Indian journal of veterinary science and animal husbandry - Volume 2,
Year: 1932
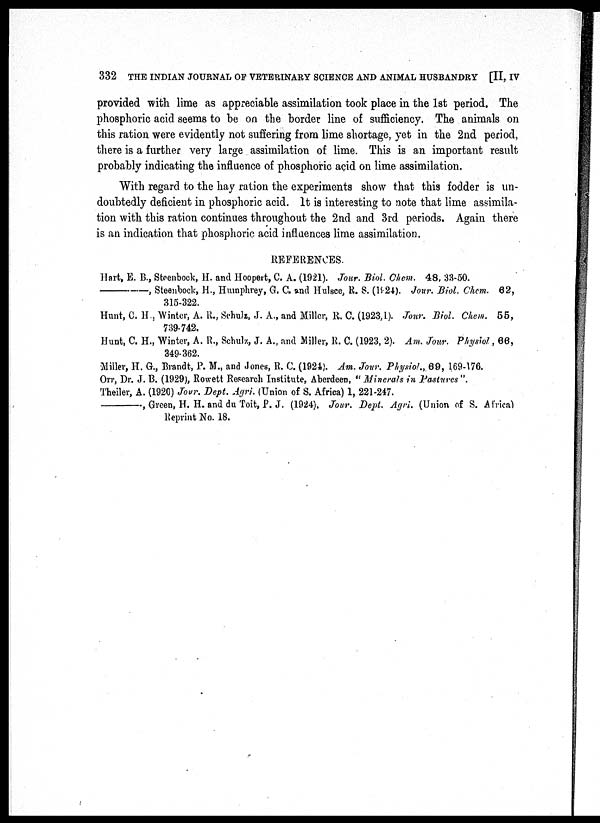
332 THE INDIAN JOURNAL OF VETERINARY SCIENCE AND ANIMAL HUSBANDRY [II, IV
provided with lime as appreciable assimilation took place in the 1st period. The
phosphoric acid seems to be on the border line of sufficiency. The animals on
this ration were evidently not suffering from lime shortage, yet in the 2nd period,
there is a further very large assimilation of lime. This is an important result
probably indicating the influence of phosphoric acid on lime assimilation.
With regard to the hay ration the experiments show that this fodder is un-
doubtedly deficient in phosphoric acid. It is interesting to note that lime assimila-
tion with this ration continues throughout the 2nd and 3rd periods. Again there
is an indication that phosphoric acid influences lime assimilation.
REFERENCES.
Hart, E. B., Steenbock, H. and Hoopert, C. A. (1921). Jour. Biol. Chem. 48, 33-50.
—,
Steenbock, H., Humphrey, G. C. and Hulsce, R. S. (1924). Jour. Biol. Chem. 62,
315-322.
Hunt, C. H., Winter, A. R., Schulz, J. A., and Miller, R. C. (1923,1). Jour. Biol. Chem. 55,
739-742.
Hunt, C. H., Winter, A. R., Schulz, J. A., and Miller, R. C. (1923, 2). Am. Jour. Physiol, 66,
349-362.
Miller, H. G., Brandt, P. M., and Jones, R. C. (1924). Am. Jour. Physiol., 69, 169-176.
Orr, Dr. J. B. (1929), Rowett Research Institute, Aberdeen, " Minerals in Pastures ".
Theiler, A. (1920) Jour. Dept. Agri. (Union of S. Africa) 1, 221-247.
—,
Green, H. H. and du Toit, P. J. (1924). Jour. Dept. Agri. (Union of S. Africa)
Reprint No. 18.